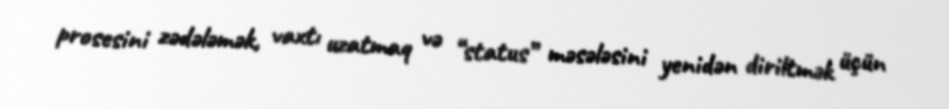
prosesini zədələmək, vaxtı uzatmaq və “status” məsələsini yenidən diriltmək üçün